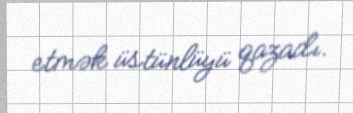
etmək üstünlüyü qazadı.